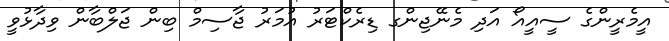
އީމެރީންގެ ސީއީއޯ އަދި މެނޭޖިންގ ޑިރެކްޓަރު އުމަރު ޖާސިމް ބިން ޖަލްބާން ވިދާޅުވީ